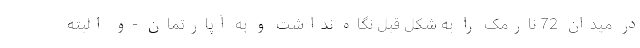
در میدان 72 نارمک را به شکل قبل نگاه نداشت و به آپارتمان -و البته